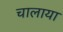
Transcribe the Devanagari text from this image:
चालाया